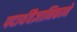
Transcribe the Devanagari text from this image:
पदार्थवैज्ञानिकाने